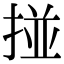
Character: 掽